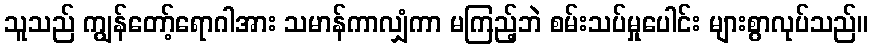
သူသည် ကျွန်တော့်ရောဂါအား သမာန်ကာလျှံကာ မကြည့်ဘဲ စမ်းသပ်မှုပေါင်း များစွာလုပ်သည်။